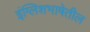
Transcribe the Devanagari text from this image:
इंग्लिशभाषेतील